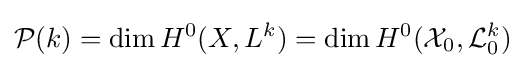
{\mathcal {P}}(k)=\dim H^{0}(X,L^{k})=\dim H^{0}({\mathcal {X}}_{0},{\mathcal {L}}_{0}^{k})